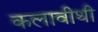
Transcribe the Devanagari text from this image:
कलावीथी